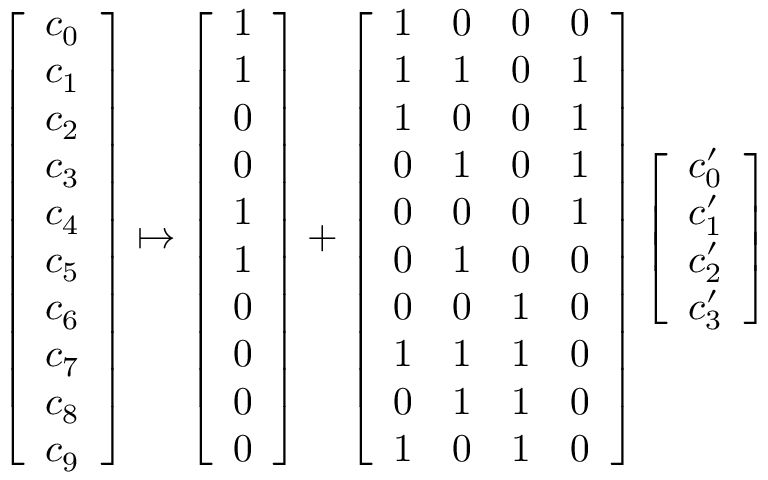
\begin{array} { r } { \left[ \begin{array} { l } { c _ { 0 } } \\ { c _ { 1 } } \\ { c _ { 2 } } \\ { c _ { 3 } } \\ { c _ { 4 } } \\ { c _ { 5 } } \\ { c _ { 6 } } \\ { c _ { 7 } } \\ { c _ { 8 } } \\ { c _ { 9 } } \end{array} \right] \mapsto \left[ \begin{array} { l } { 1 } \\ { 1 } \\ { 0 } \\ { 0 } \\ { 1 } \\ { 1 } \\ { 0 } \\ { 0 } \\ { 0 } \\ { 0 } \end{array} \right] + \left[ \begin{array} { l l l l } { 1 } & { 0 } & { 0 } & { 0 } \\ { 1 } & { 1 } & { 0 } & { 1 } \\ { 1 } & { 0 } & { 0 } & { 1 } \\ { 0 } & { 1 } & { 0 } & { 1 } \\ { 0 } & { 0 } & { 0 } & { 1 } \\ { 0 } & { 1 } & { 0 } & { 0 } \\ { 0 } & { 0 } & { 1 } & { 0 } \\ { 1 } & { 1 } & { 1 } & { 0 } \\ { 0 } & { 1 } & { 1 } & { 0 } \\ { 1 } & { 0 } & { 1 } & { 0 } \end{array} \right] \left[ \begin{array} { l } { c _ { 0 } ^ { \prime } } \\ { c _ { 1 } ^ { \prime } } \\ { c _ { 2 } ^ { \prime } } \\ { c _ { 3 } ^ { \prime } } \end{array} \right] } \end{array}